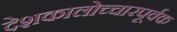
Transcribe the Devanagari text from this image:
देशकालोच्चारपूर्वक